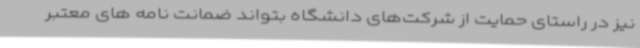
نیز در راستای حمایت از شرکت‌های دانشگاه بتواند ضمانت نامه های معتبر